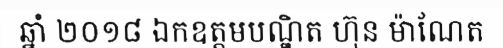
ឆ្នាំ ២០១៨ ឯកឧត្តមបណ្ឌិត ហ៊ុន ម៉ាណែត